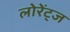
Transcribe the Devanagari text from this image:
लोरेंट्ज